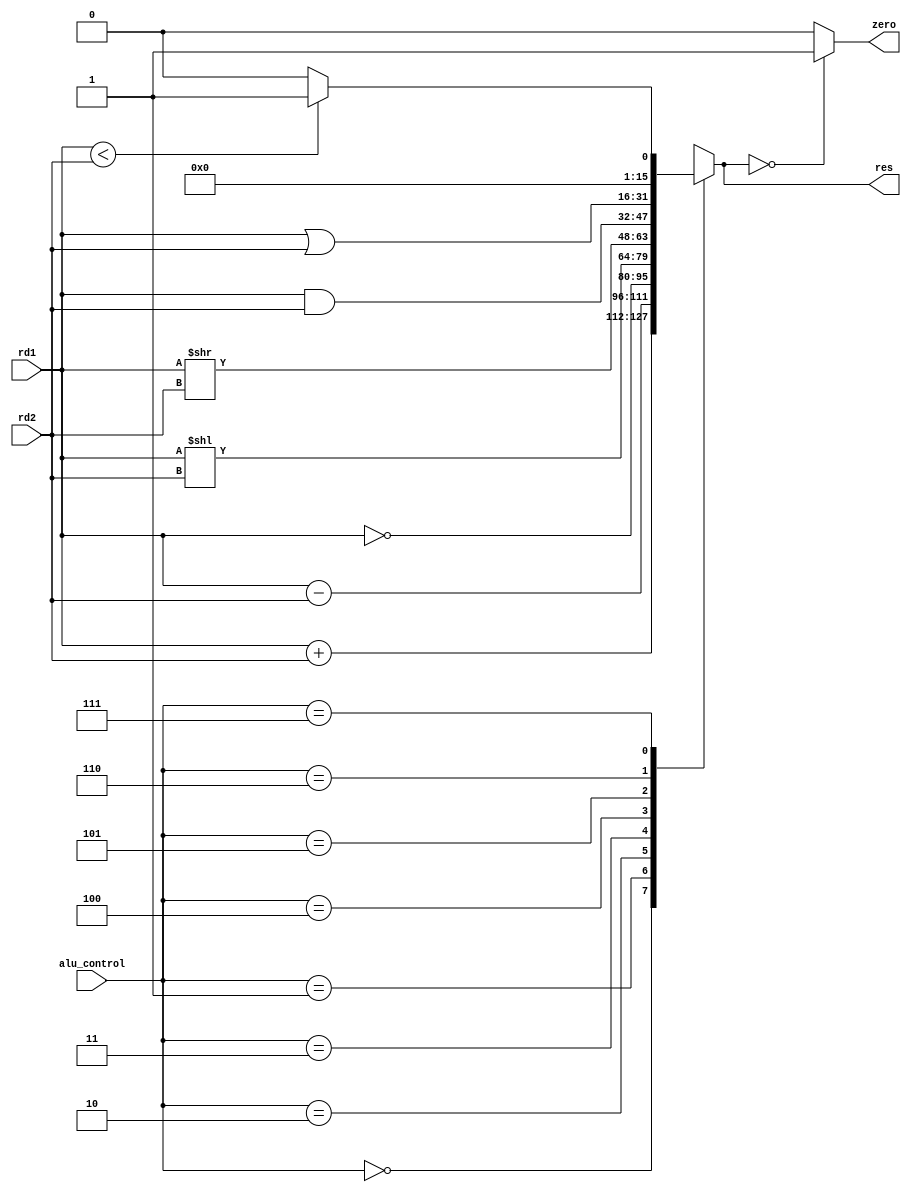
`timescale 1ns / 1ps
module alu(rd1,rd2,alu_control,zero,res);
input [15:0] rd1,rd2;
input [2:0] alu_control;
output zero;
output reg [15:0] res;
always @(*)
begin
	case(alu_control)
		3'b000 : res <= rd1 + rd2;
		3'b001 : res <= rd1 - rd2;
		3'b010 : res <= ~rd1 ;
		3'b011 : res <= rd1 << rd2;
		3'b100 : res <= rd1 >> rd2;
		3'b101 : res <= rd1 & rd2;
		3'b110 : res <= rd1 | rd2;
		3'b111 : 
		begin
			if(rd1 < rd2) res <= 16'd1;
			else res <= 16'd0;
		end
		default : 	res = rd1 + rd2;
	endcase
end
assign zero = (res == 16'd0) ? 1'b1: 1'b0;
endmodule